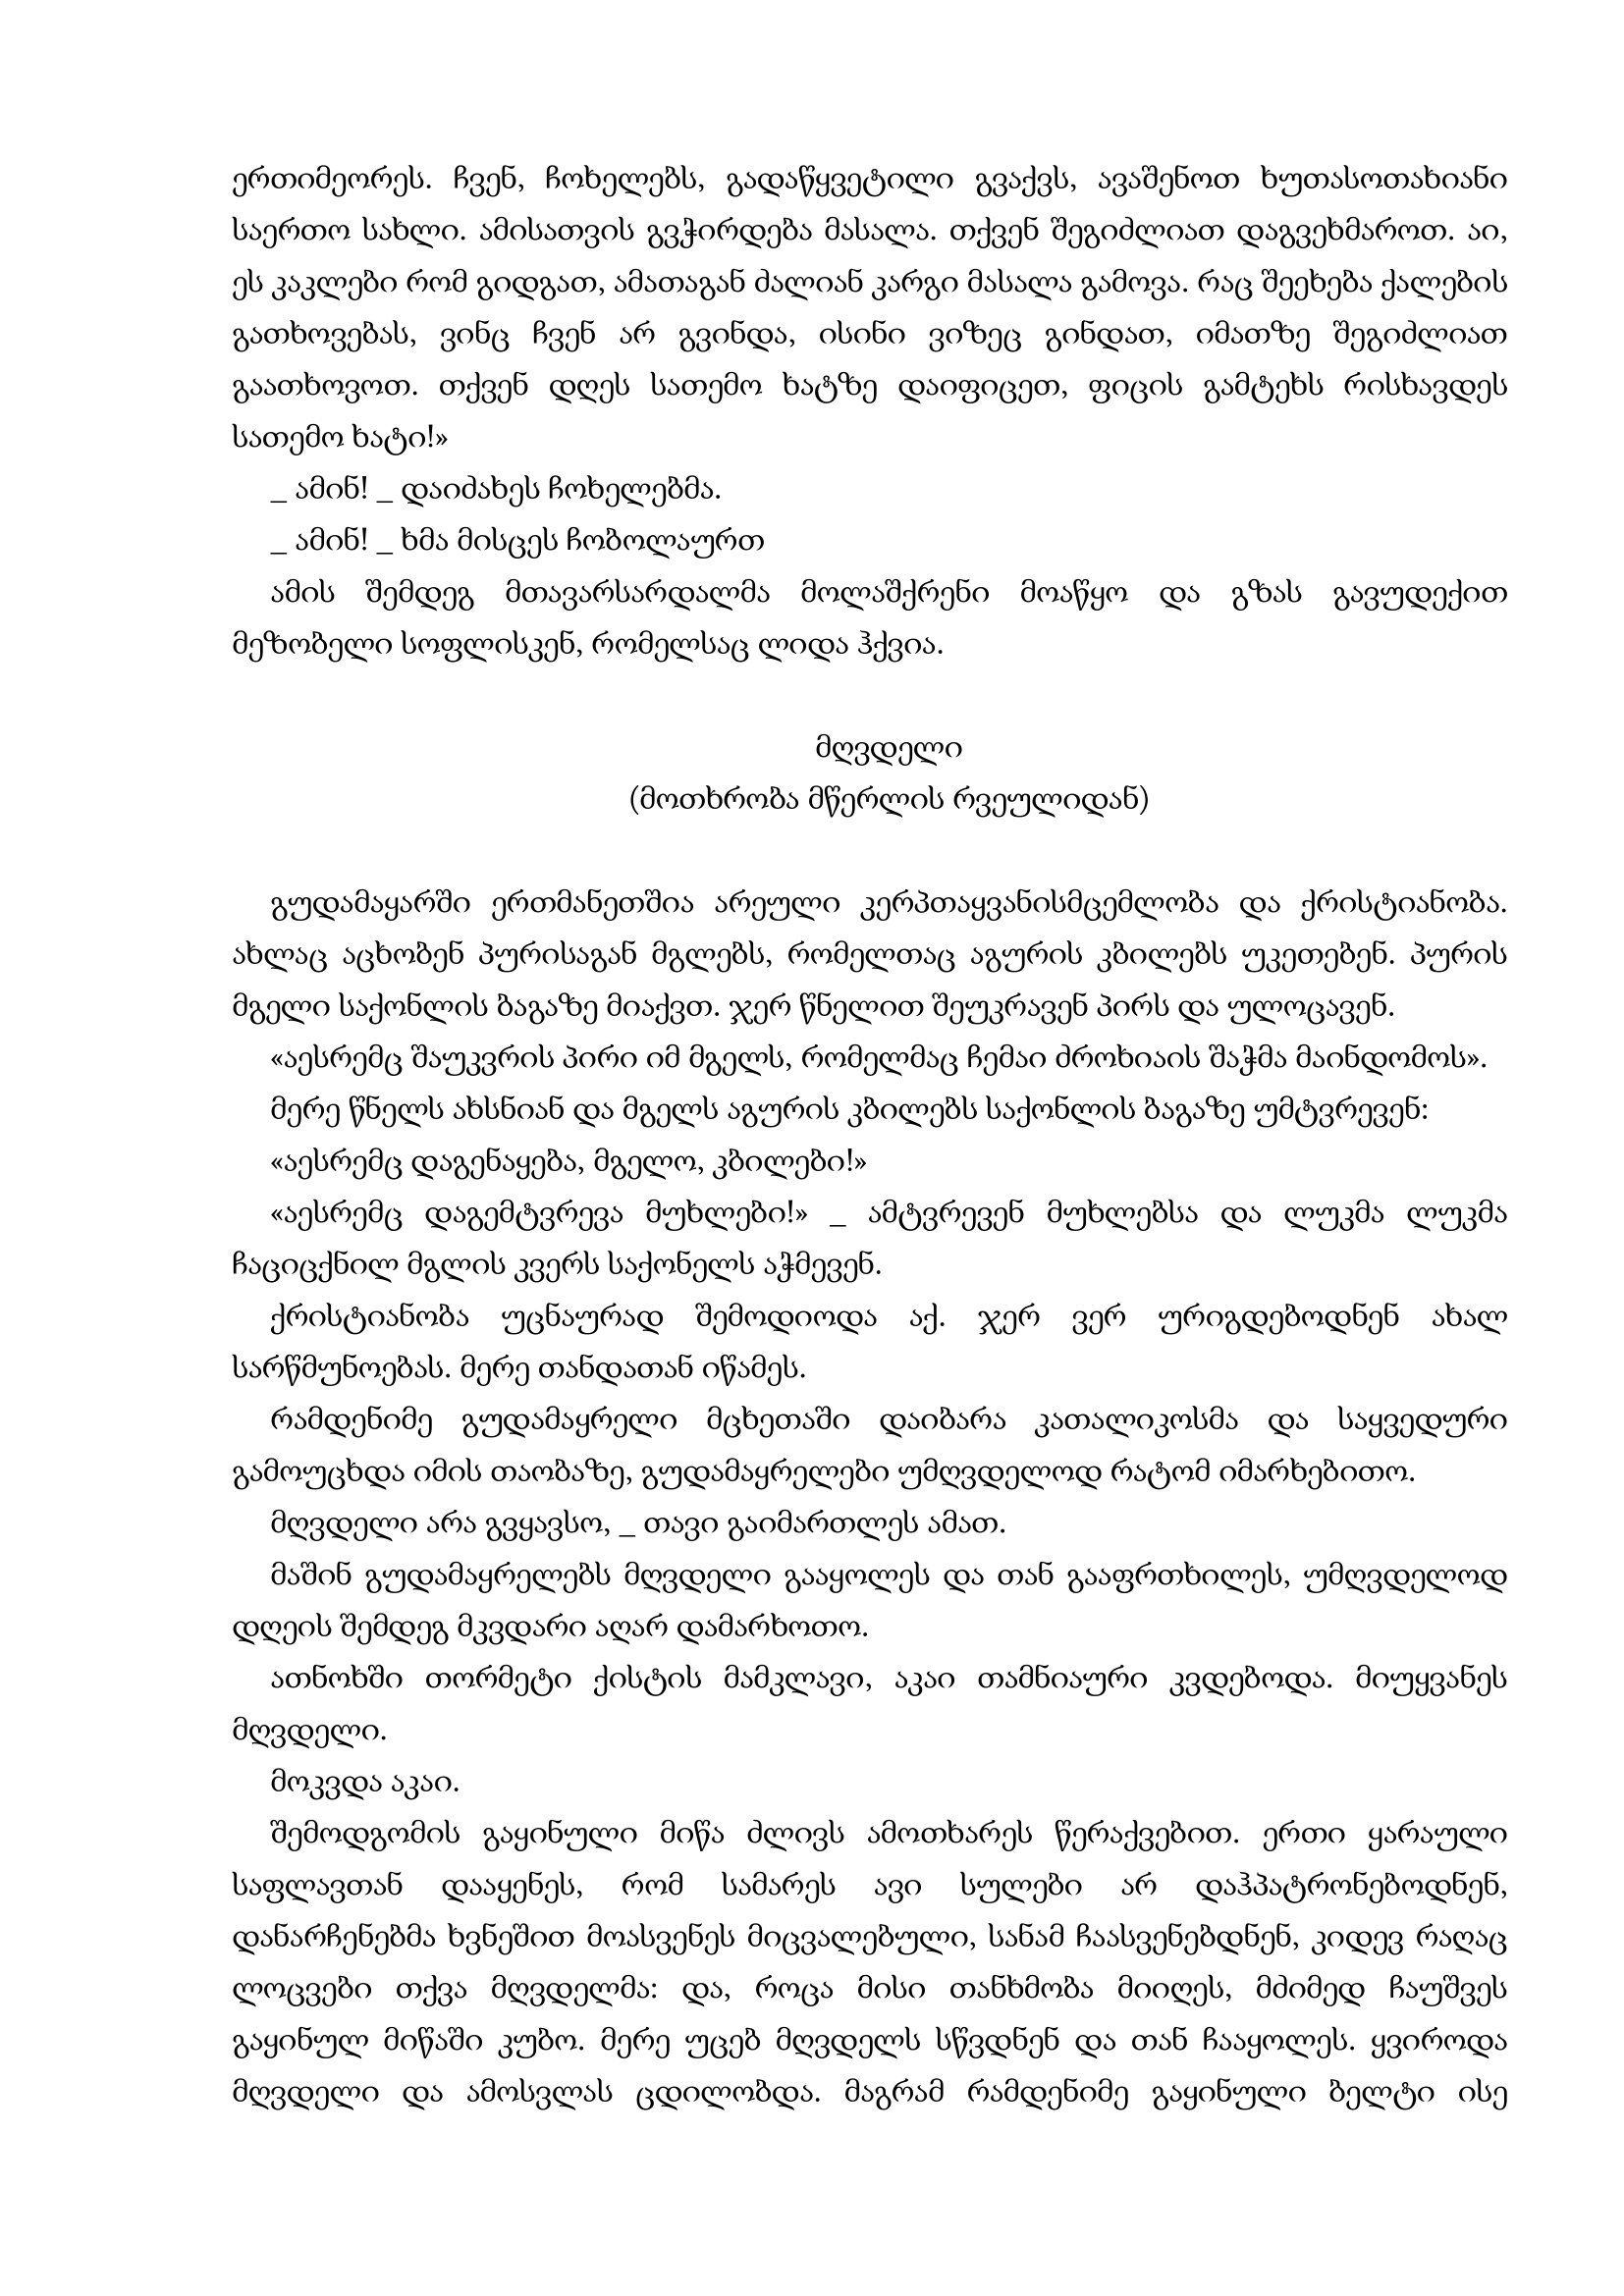
Language: gr